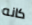
كانه